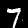
Label: 7